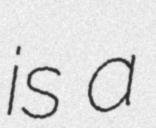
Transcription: is a